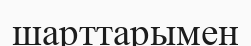
шарттарымен